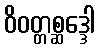
ဝိဝတ္တစ္ဆဒ္ဒေါ